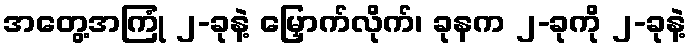
အတွေ့အကြုံ ၂-ခုနဲ့ မြှောက်လိုက်၊ ခုနက ၂-ခုကို ၂-ခုနဲ့